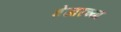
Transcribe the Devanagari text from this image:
शेजारच्‍या